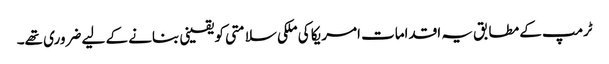
ٹرمپ کے مطابق یہ اقدامات امریکا کی ملکی سلامتی کو یقینی بنانے کے لیے ضروری تھے۔